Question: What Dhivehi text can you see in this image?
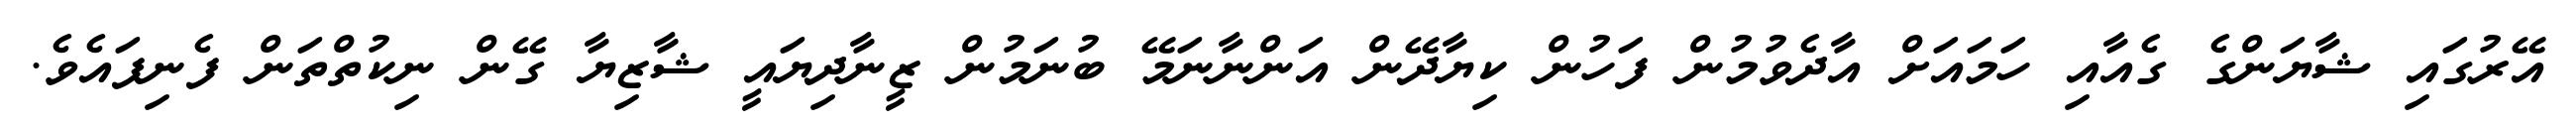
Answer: އޭރުގައި ޝާޔަންގެ ގެއާއި ހަމައަށް އާދެވުމުން ފަހުން ކިޔާދޭން އަންނާނަމޭ ބުނަމުން ޒީނާދިޔައީ ޝާޒިޔާ ގޭން ނިކުތްތަން ފެނިފައެވެ.